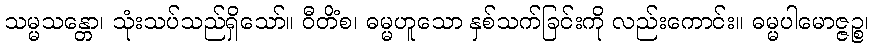
သမ္မသန္တော၊ သုံးသပ်သည်ရှိသော်။ ဝီတိံစ၊ ဓမ္မဟူသော နှစ်သက်ခြင်းကို လည်းကောင်း။ ဓမ္မပါမောဇ္ဇဉ္စ၊